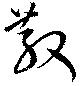
散